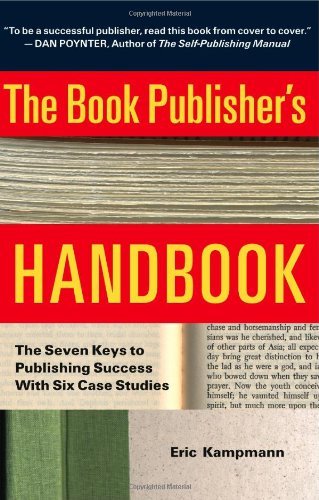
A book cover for The Book Publisher's Handbook: The Seven Keys to Publishing Success With Six Case Studies; Eric Kampmann; Business & Money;